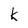
Character: k